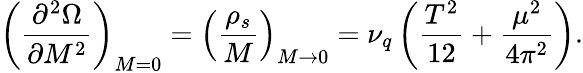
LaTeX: \left(\frac{\partial^{2}\Omega}{\partial M^{2}}\right)_{M=0}=\left(\frac{\rho_{s}}{M}\right)_{M\rightarrow 0}=\nu_{q}\left(\frac{T^{2}}{12}+\frac{\mu^{2}}{4\pi^{2}}\right).